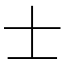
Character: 士